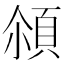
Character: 𩒀